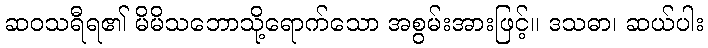
ဆဝသရီရ၏ မိမိသဘောသို့ရောက်သော အစွမ်းအားဖြင့်။ ဒသဓာ၊ ဆယ်ပါး